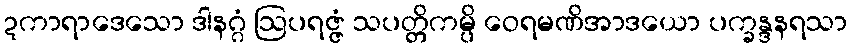
ဍကာရာဒေသော ဒါနဂ္ဂံ ဩပရဇ္ဇံ သပတ္တိကမ္ပိ ဝေရမဏိအာဒယော ပက္ခန္ဒနရသာ